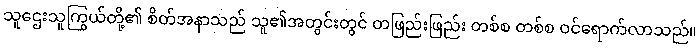
သူဌေးသူကြွယ်တို့၏ စိတ်အနာသည် သူ၏အတွင်းတွင် တဖြည်းဖြည်း တစ်စ တစ်စ ဝင်ရောက်လာသည်။